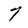
Character: 7